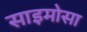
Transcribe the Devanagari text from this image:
साइमोसा